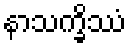
နာသက္ခိဿံ